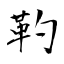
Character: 靮